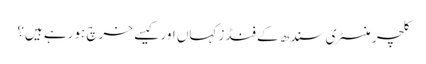
کلچر منسٹری سندھ کے فنڈز کہاں اور کیسے خرچ ہورہے ہیں؟